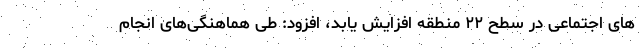
های اجتماعی در سطح ۲۲ منطقه افزایش یابد، افزود: طی هماهنگی‌های انجام